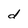
Character: d